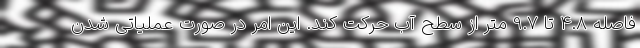
فاصله 4.8 تا 9.7 متر از سطح آب حرکت کند. این امر در صورت عملیاتی شدن